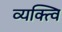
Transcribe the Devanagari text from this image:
व्यक्त्वि